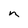
Character: n